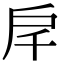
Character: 𢨮